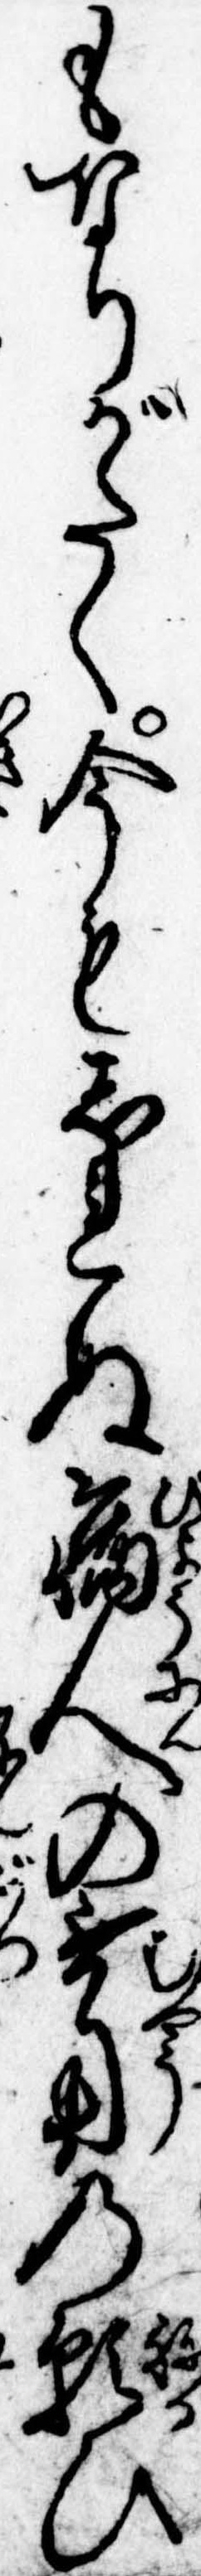
もなりがたく今もしれぬ病人の無用の願ひ